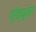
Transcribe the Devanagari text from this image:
ग्रेक्यूनस